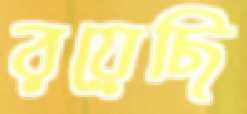
রয়েছি